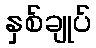
နှစ်ချုပ်